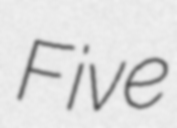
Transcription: Five